Vaccination in Bombay 1869-1873 - 1869-1873
Year: 1869
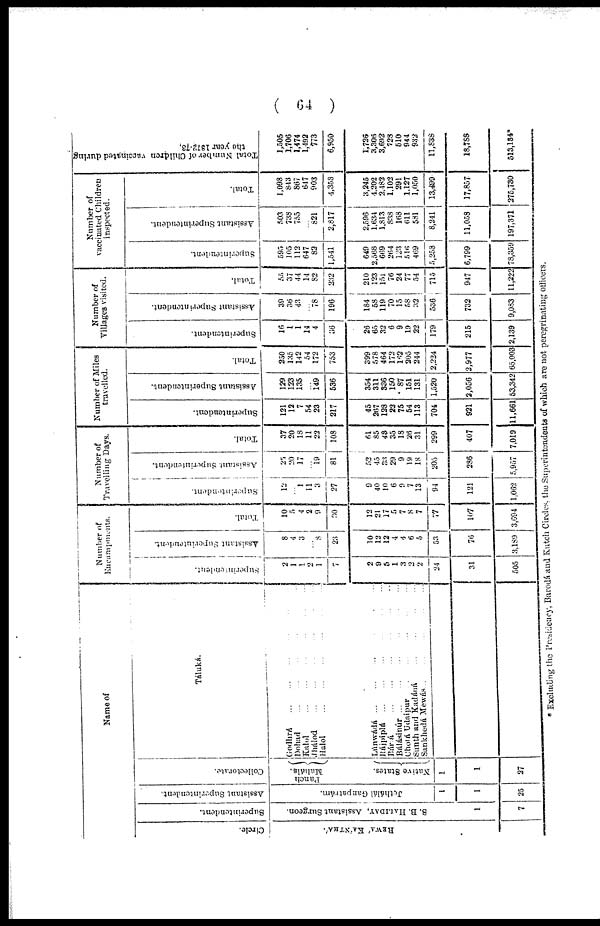
( 64 )
Name of
Circle.
REWÁ KÁNTHÁ.
Superintendent.
S. B. HALIDAY, Assistant Surgeon.
1
7
Assistant Superintendent.
Jethálál Ganpatrám.
1
1
25
Collectorate.
Panch
Maháls.
Native States.
1
1
27
Taluká.
Godhrá
...
...
...
...
...
Dohad ... ... ... ... ...
Kalol ... ... ... ... ...
Jhálod ... ... ... ... ...
Halol ... ... ... ... ...
Lúnwádá ... ... ... ... ...
Rájpíplá ... ... ... ... ...
Bárá
...
...
...
...
...
Bálásinúr ... ... ... ...
Chotá Udaipur ... ... ... ...
Sunth and Kadáná ... ... ... ... ...
Sankhedá Mewás
...
...
...
...
Number of
Encampments.
Superinendent.
2
1
1
2
1
7
2
9
5
1
3
2
2
24
31
505
Assistant Superintendent.
8
4
3
...
8
23
10
12
12
4
4
6
5
53
76
3,189
Total.
10
5
4
2
9
30
12
21
17
5
7
8
7
77
107
3,694
Number of
Travelling Days.
Superintendent.
12
...
1
11
3
27
9
40
10
6
9
7
13
94
121
1,062
Assistant Superintendent.
25
20
17
...
19
81
52
45
33
29
9
19
18
205
286
5,957
Total.
37
20
18
11
22
108
61
85
43
35
18
26
31
299
407
7,019
Number of Miles
travelled.
Superintendent.
121
12
7
54
23
217
45
267
128
22
75
54
113
704
921
11,661
Assistant Superintendent.
129
123
135
...
149
536
354
311
336
150
87
151
131
1,520
2,056
53,342
Total.
250
135
142
54
172
753
399
578
464
172
162
205
244
2,224
2,977
65,003
Number of
Villages visited.
Superintendent.
16
1
1
14
4
36
26
65
32
6
9
19
22
179
215
2,139
Assistant Superintendent.
39
36
43
...
78
196
184
58
119
70
15
58
32
536
732
9,083
Total.
55
37
44
14
82
232
210
123
151
76
24
77
54
715
947
11,222
Number of
vaccinated Children
inspected.
Superintendent.
595
105
112
647
82
1,541
649
2,568
669
264
123
516
469
5,253
6,799
78,359
Assistant Superintendent.
503
738
755
...
821
2,817
2,596
1,634
1,813
838
168
611
581
8,241
11,058
197,371
Total.
1,098
843
867
647
903
4,358
3,245
4,202
2,482
1,102
291
1,127
1,050
13,499
17,857
275,730
Total Number of Children vaccinated during
the year 1872-73.
1,505
1,706
1,474
1,492
773
6,950
1,726
3,306
3,692
728
510
944
932
11,838
18,788
513,184*
* Excluding the Presidency, Barodá and Kutch Circles, the Superintendents of which are not peregrinating officers.